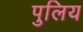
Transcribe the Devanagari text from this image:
पुलिय